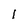
Character: 1